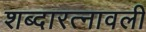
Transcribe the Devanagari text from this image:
शब्दारत्नावली